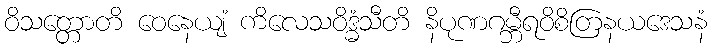
ဝိသတ္တောတိ ဝေနေယျံ ကိလေသဝိဒ္ဓံသီတိ နိပုဏဂမ္ဘီရဝိစိတြနယဒေသနံ